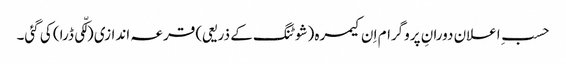
حسبِ اعلان دورانِ پروگرام اِ ن کیمرہ (شوٹنگ کے ذریعی) قرعہ اندازی (لکّی ڈرا) کی گئی۔